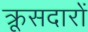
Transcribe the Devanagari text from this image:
क्रूसदारों